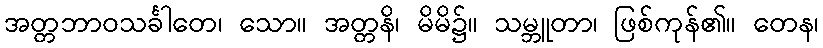
အတ္တဘာဝသင်္ခါတေ၊ သော။ အတ္တနိ၊ မိမိ၌။ သမ္ဘူတာ၊ ဖြစ်ကုန်၏။ တေန၊